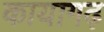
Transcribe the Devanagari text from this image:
कायागढ़